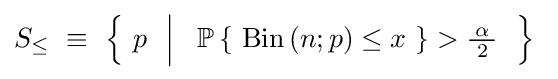
S_{\leq }~\equiv ~\left\{~p~~{\Big |}~~\operatorname {\mathbb {P} } \left\{~\operatorname {Bin} \left(n;p\right)\leq x~\right\}>{\tfrac {\!\ \alpha \!\ }{2}}~~\right\}~